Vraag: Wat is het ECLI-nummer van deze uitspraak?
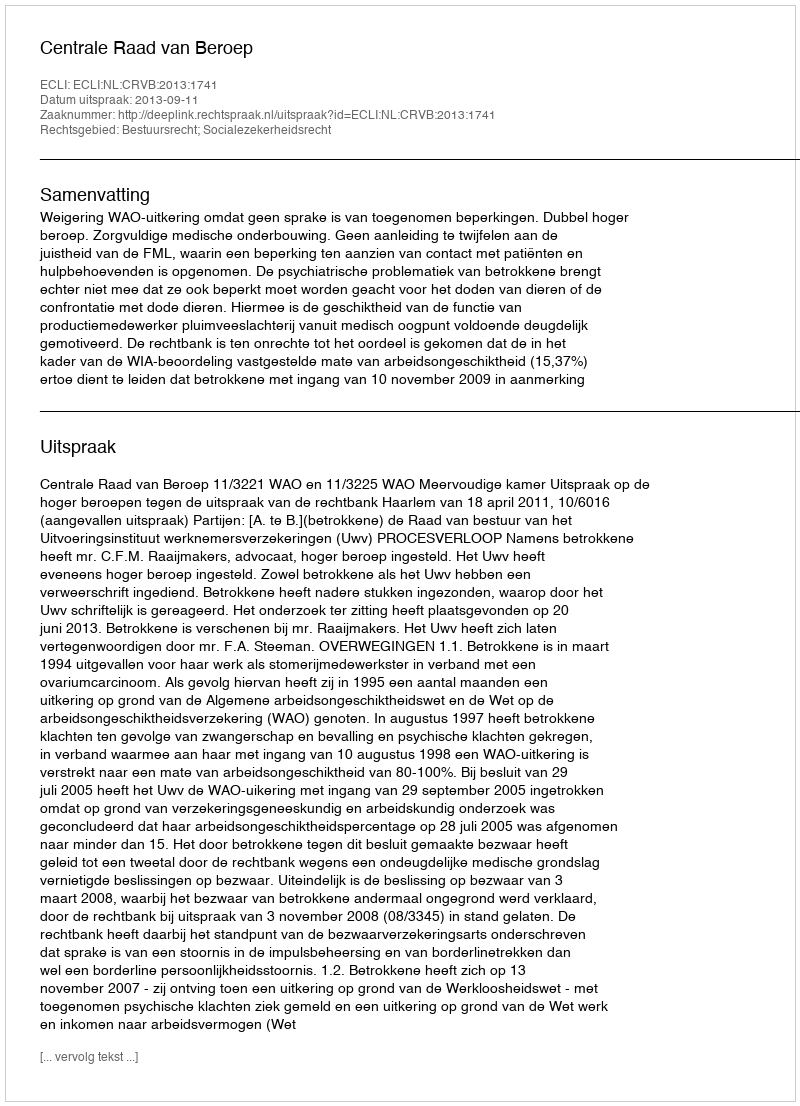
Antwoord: ECLI:NL:CRVB:2013:1741